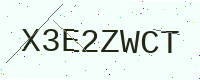
Text: X3E2ZWCT